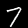
Digit: 7